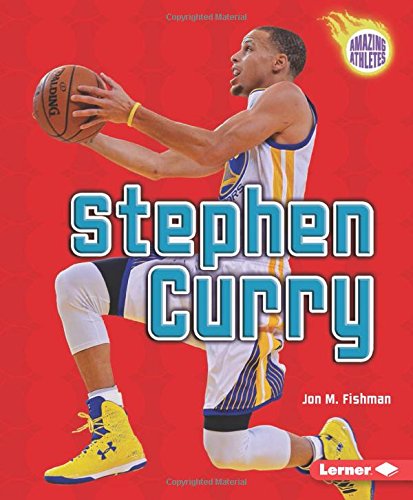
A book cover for Stephen Curry (Amazing Athletes); Jon Fishman; Children's Books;